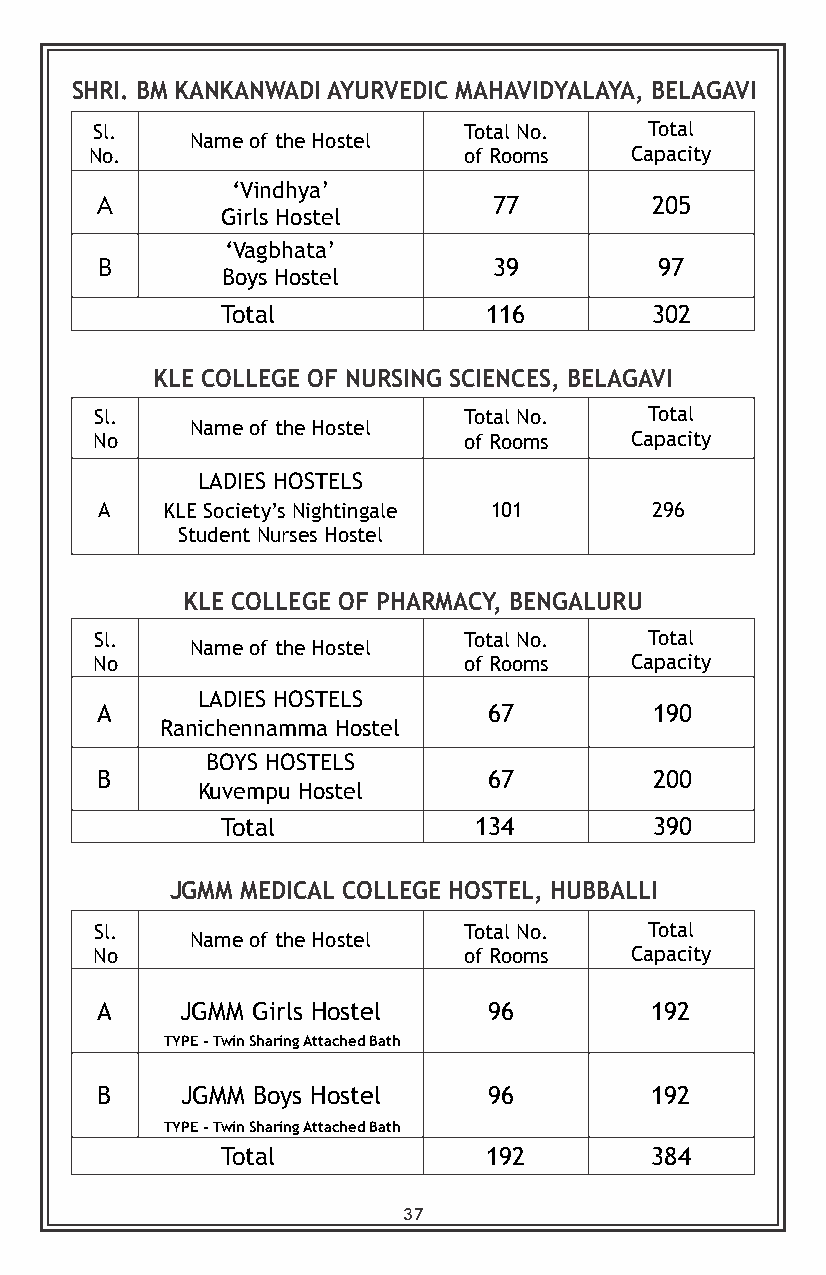
SHRI. BM KANKANWADI AYURVEDIC MAHAVIDYALAYA, BELAGAVI
 Sl.                      Total No.   Total
 No .
 Name of the Hostel
 of Rooms   Capacity
 ‘Vindhya’
 A                          77        205
 Girls Hostel
 ‘Vagbhata’
 B                          39         97
 Boys Hostel
 Total            116        302
 KLE COLLEGE OF NURSING SCIENCES, BELAGAVI
 Sl.                      Total No.   Total
 Name of the Hostel
 No                       of Rooms   Capacity
 LADIES HOSTELS
 A    KLE Society’s Nightingale 101   296
 Student Nurses Hostel
 KLE COLLEGE OF PHARMACY, BENGALURU
 Sl .                     Total No.   Total
 Name of the Hostel
 No                       of Rooms   Capacity
 LADIES HOSTELS
 A                         67         190
 Ranichennamma Hostel
 BOYS HOSTELS
 B                         67         200
 Kuvempu Hostel
 Total           134         390
 JGMM MEDICAL COLLEGE HOSTEL, HUBBALLI
 Sl .                     Total No.   Total
 Name of the Hostel
 No                       of Rooms   Capacity
 A     JGMM Girls Hostel   96         192
 TYPE - Twin Sharing Attached Bath
 B     JGMM Boys Hostel    96         192
 TYPE - Twin Sharing Attached Bath
 Total            192        384
 37